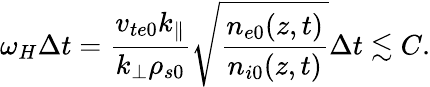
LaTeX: \omega_{H}\Delta t=\frac{v_{te0}k_{\parallel}}{k_{\perp}\rho_{s0}}\sqrt{\frac{n_{e0}(z,t)}{n_{i0}(z,t)}}\Delta t\lesssim C.